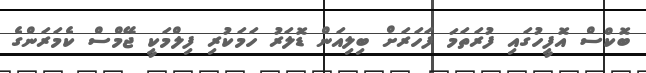
ބޮކްސް އޮފީހުގައި ފުރަތަމަ ފަހަރަށް ބިލިއަން ޑޮލަރު ހަމަކުރި ފިލްމަކީ ޖޭމްސް ކެމަރަންގެ